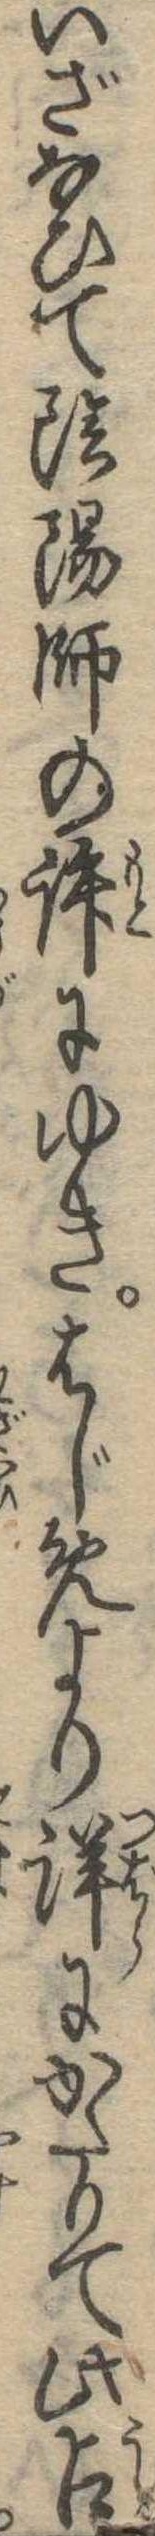
いざなひて陰陽師の許にゆきはじめより詳にかたりて此占